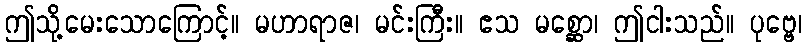
ဤသို့မေးသောကြောင့်။ မဟာရာဇ၊ မင်းကြီး။ ဧသ မစ္ဆော၊ ဤငါးသည်။ ပုဗ္ဗေ၊